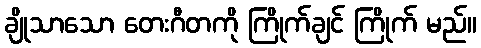
ချိုသာသော တေးဂီတကို ကြိုက်ချင် ကြိုက် မည်။